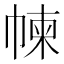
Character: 𢃿